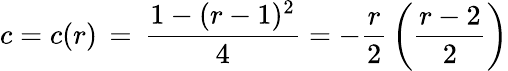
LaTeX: c=c(r)\, =\, {\frac{1-(r-1)^{2}}{4}}=-{\frac{r}{2}}\left({\frac{r-2}{2}}\right)